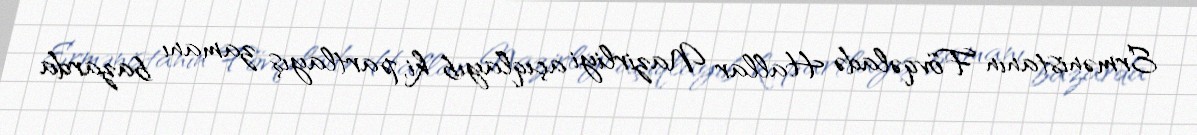
Ermənistanın Fövqəladə Hallar Nazirliyi açıqlayıb ki, partlayış zamanı bazarda